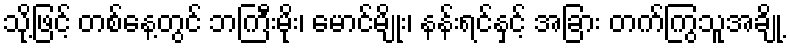
သို့ဖြင့် တစ်နေ့တွင် ဘကြီးမိုး၊ မောင်မျိုး၊ နန်းရင်နှင့် အခြား တက်ကြွသူအချို့